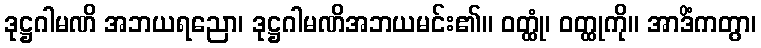
ဒုဋ္ဌဂါမဏိ အဘယရညော၊ ဒုဋ္ဌဂါမဏိအဘယမင်း၏။ ဝတ္ထုံ၊ ဝတ္ထုကို။ အာဒိံကတွာ၊